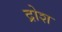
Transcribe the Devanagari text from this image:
द्रोश